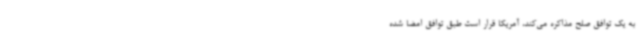
به یک توافق صلح مذاکره می‌کند، آمریکا قرار است طبق توافق امضا شده